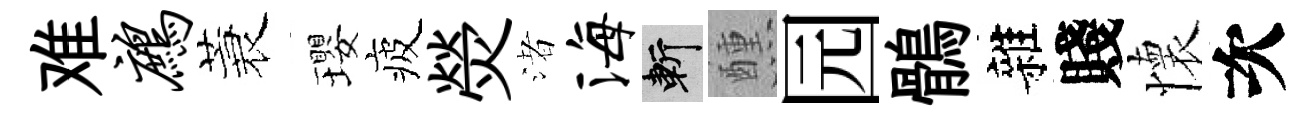
难鹧蓑瓔疲熒渚海斬醺园鶻雜賤懷次